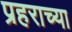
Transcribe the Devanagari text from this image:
प्रहराच्या